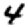
Digit: 4